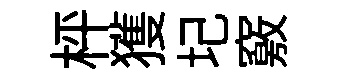
枰獲圮竅